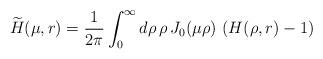
LaTeX: \begin{align*}\widetilde{H}(\mu,r) =\frac{1}{2\pi}\int_0^{\infty} d\rho \,\rho\, J_0(\mu\rho) \, \left(H(\rho,r)-1\right)\end{align*}